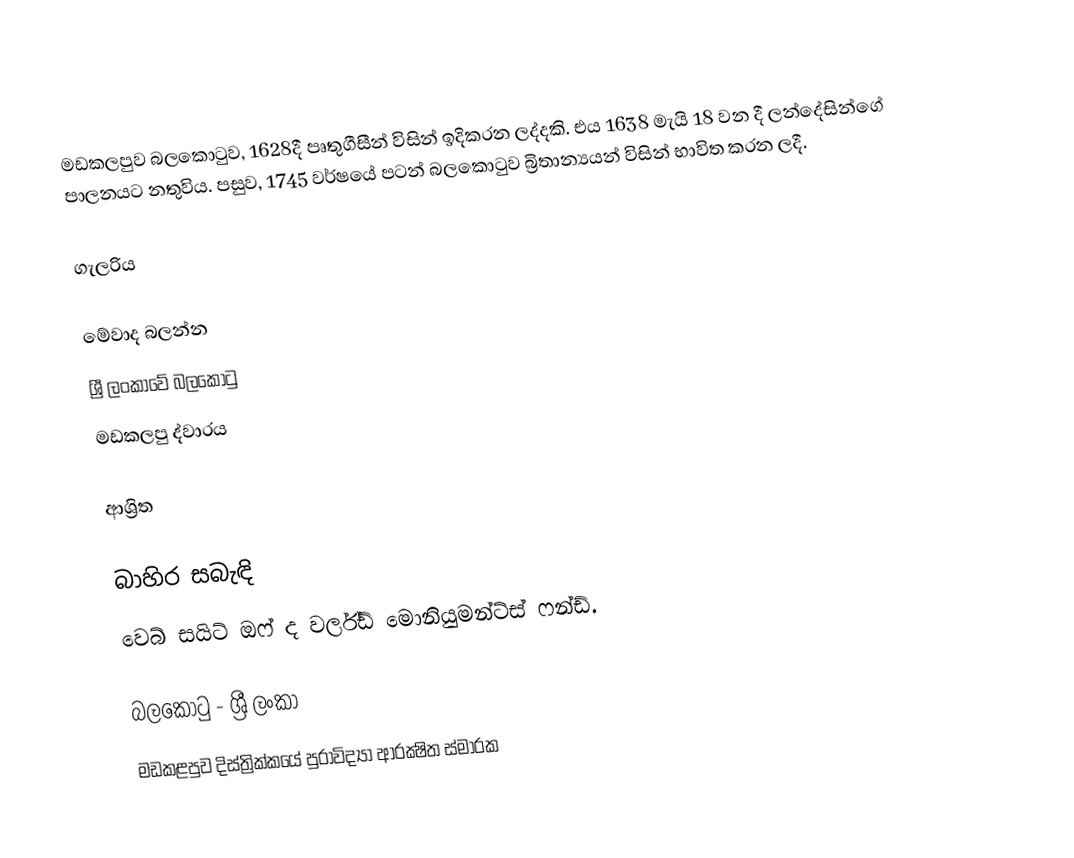
මඩකලපුව බලකොටුව, 1628දී පෘතුගීසීන් විසින් ඉදිකරන ලද්දකි. එය 1638 මැයි 18 වන දී ලන්දේසින්ගේ පාලනයට නතුවිය. පසුව, 1745 වර්ෂයේ පටන් බලකොටුව බ්‍රිතාන්‍යයන් විසින් භාවිත කරන ලදී.

ගැලරිය

මේවාද බලන්න
ශ්‍රී ලංකාවේ බලකොටු
මඩකලපු ද්වාරය

ආශ්‍රිත

බාහිර සබැඳි
 වෙබ් සයිට් ඔෆ් ද වර්ල්ඩ් මොනියුමන්ට්ස් ෆන්ඩ්.

බලකොටු - ශ්‍රී ලංකා
මඩකළපුව දිස්ත්‍රික්කයේ පුරාවිද්‍යා ආරක්‍ෂිත ස්මාරක